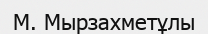
М. Мырзахметұлы